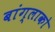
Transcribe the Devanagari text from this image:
बांग्लाको